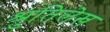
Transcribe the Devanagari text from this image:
श्रुतिलेख